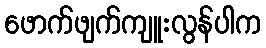
ဖောက်ဖျက်ကျူးလွန်ပါက